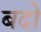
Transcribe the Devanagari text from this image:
बदो